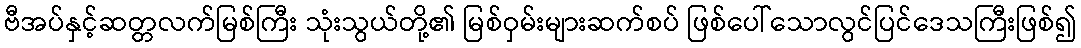
ဗီအပ်နှင့်ဆတ္တလက်မြစ်ကြီး သုံးသွယ်တို့၏ မြစ်ဝှမ်းများဆက်စပ် ဖြစ်ပေါ်သောလွင်ပြင်ဒေသကြီးဖြစ်၍